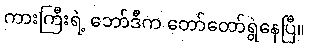
ကားကြီးရဲ့ ဘော်ဒီက တော်တော်ရွဲနေပြီ။